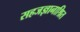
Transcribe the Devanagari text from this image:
सहजज्ञानाश्रित